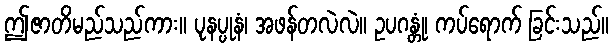
ဤဇာတိမည်သည်ကား။ ပုနပ္ပုနံ၊ အဖန်တလဲလဲ။ ဥပဂန္တုံ၊ ကပ်ရောက် ခြင်းသည်။